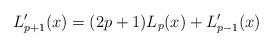
LaTeX: \begin{align*}L'_{p+1}(x)=(2p+1)L_p(x)+L'_{p-1}(x)\end{align*}